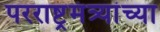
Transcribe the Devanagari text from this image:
परराष्ट्रमंत्र्यांच्या